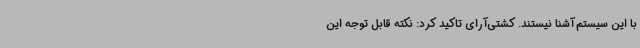
با این سیستم آشنا نیستند. کشتی‌آرای تاکید کرد: نکته قابل توجه این